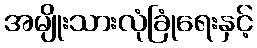
အမျိုးသားလုံခြုံရေးနှင့်